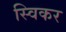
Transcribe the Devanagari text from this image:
स्विकर